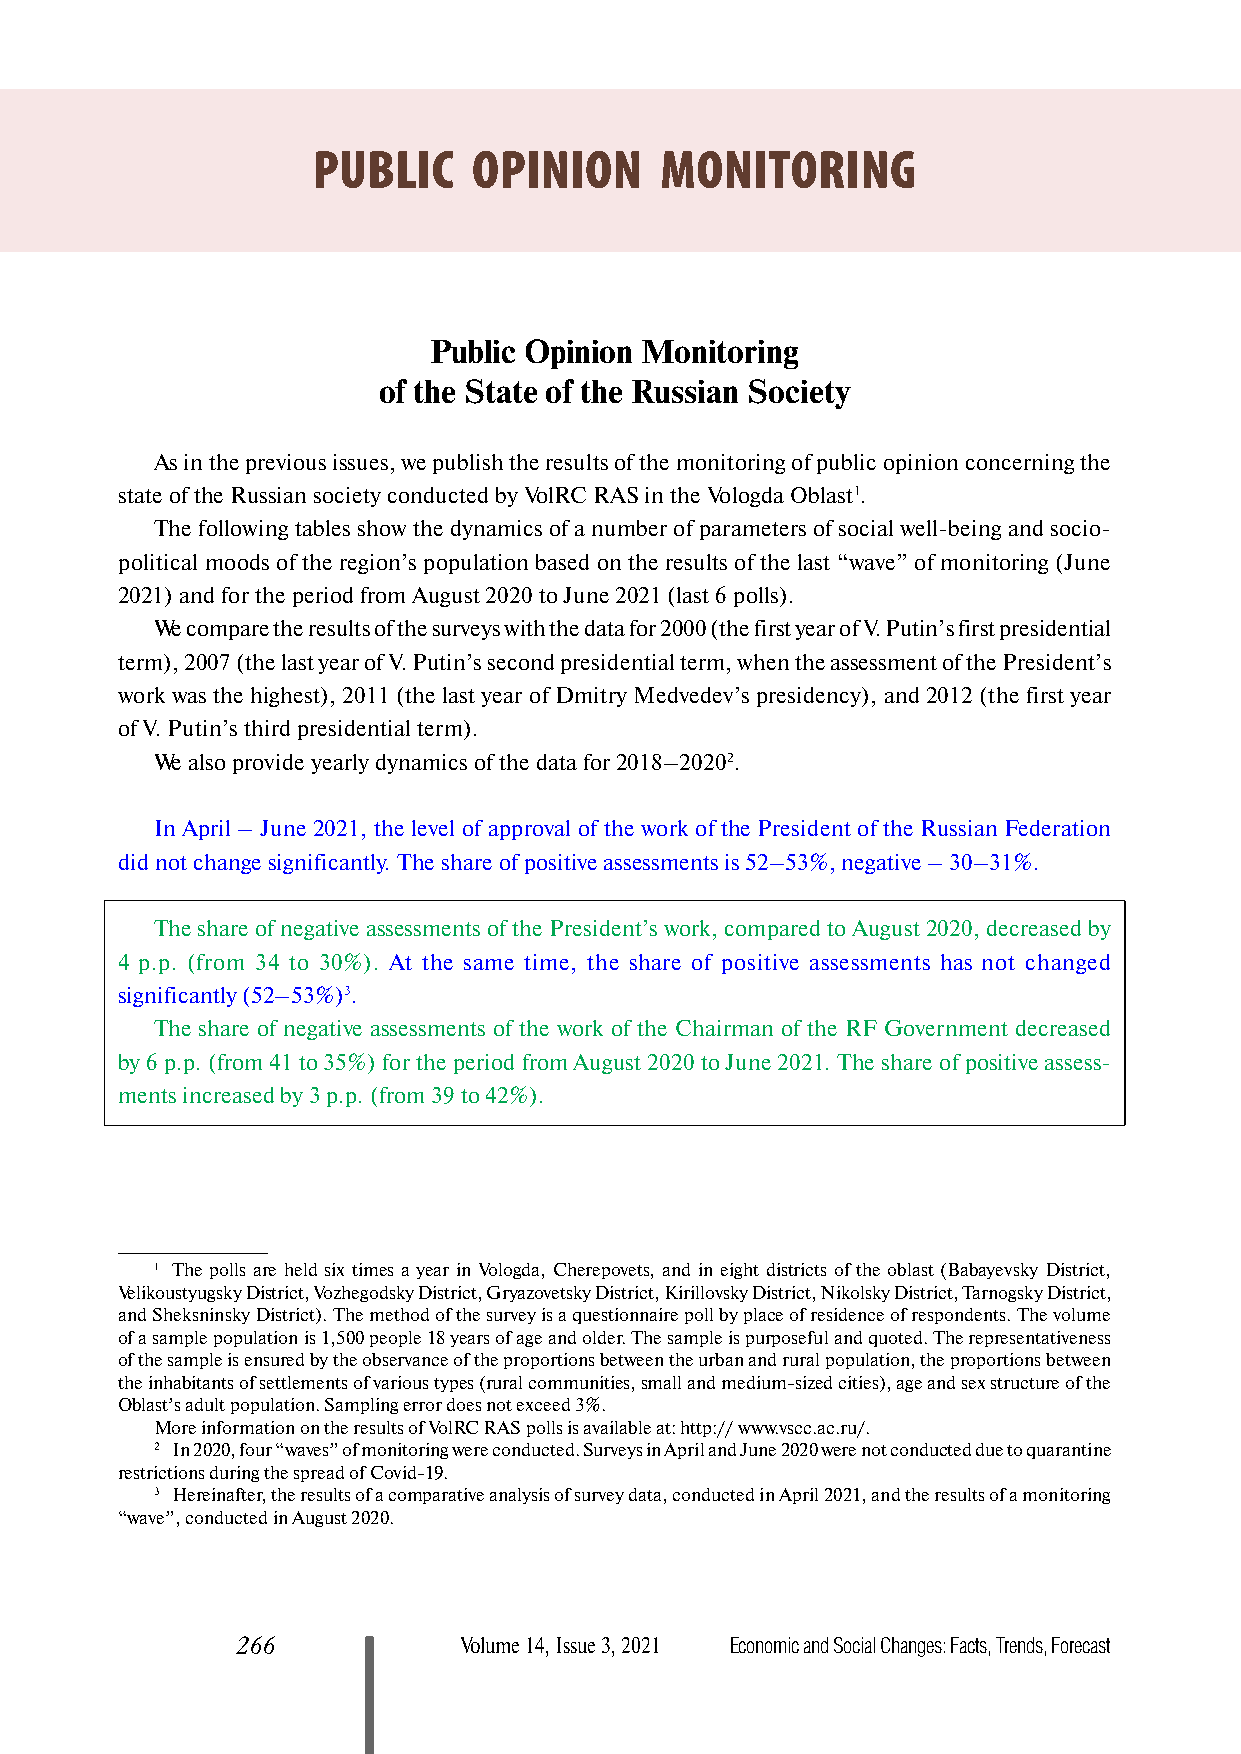
PUBLIC    OPINION      MONITORING
 Public Opinion Monitoring
 of the State of the Russian Society
 As in the previous issues, we publish the results of the monitoring of public opinion concerning the
 state of the Russian society conducted by VolRC RAS in the Vologda Oblast1.
 The following tables show the dynamics of a number of parameters of social well-being and socio-
 political moods of the region’s population based on the results of the last “wave” of monitoring (June
 2021) and for the period from August 2020 to June 2021 (last 6 polls).
 We compare the results of the surveys with the data for 2000 (the first year of V. Putin’s first presidential
 term), 2007 (the last year of V. Putin’s second presidential term, when the assessment of the President’s
 work was the highest), 2011 (the last year of Dmitry Medvedev’s presidency), and 2012 (the first year
 of V. Putin’s third presidential term).
 We also provide yearly dynamics of the data for 2018–20202.
 In April – June 2021, the level of approval of the work of the President of the Russian Federation
 did not change significantly. The share of positive assessments is 52–53%, negative – 30–31%.
 The share of negative assessments of the President’s work, compared to August 2020, decreased by
 4 p.p. (from 34 to 30%). At the same time, the share of positive assessments has not changed
 significantly (52–53%)3.
 The share of negative assessments of the work of the Chairman of the RF Government decreased
 by 6 p.p. (from 41 to 35%) for the period from August 2020 to June 2021. The share of positive assess-
 ments increased by 3 p.p. (from 39 to 42%).
 1 The polls are held six times a year in Vologda, Cherepovets, and in eight districts of the oblast (Babayevsky District,
 Velikoustyugsky District, Vozhegodsky District, Gryazovetsky District, Kirillovsky District, Nikolsky District, Tarnogsky District,
 and Sheksninsky District). The method of the survey is a questionnaire poll by place of residence of respondents. The volume
 of a sample population is 1,500 people 18 years of age and older. The sample is purposeful and quoted. The representativeness
 of the sample is ensured by the observance of the proportions between the urban and rural population, the proportions between
 the inhabitants of settlements of various types (rural communities, small and medium-sized cities), age and sex structure of the
 Oblast’s adult population. Sampling error does not exceed 3%.
 More information on the results of VolRC RAS polls is available at: http:// www.vscc.ac.ru/.
 2 In 2020, four “waves” of monitoring were conducted. Surveys in April and June 2020 were not conducted due to quarantine
 restrictions during the spread of Covid-19.
 3 Hereinafter, the results of a comparative analysis of survey data, conducted in April 2021, and the results of a monitoring
 “wave”, conducted in August 2020.
 266           Volume 14, Issue 3, 2021 Economic and Social Changes: Facts, Trends, Forecast